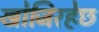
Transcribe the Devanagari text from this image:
खोजिरहेछ